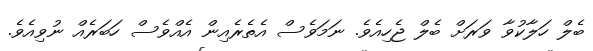
ބެލް ހަލާކުވާ ވަރަށް ބެލް ޖެހިއެވެ. ނަމަވެސް އެތެރެއިން އެއްވެސް ހަބަރެއް ނުވިއެވެ.